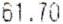
61.70